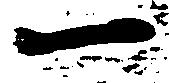
一